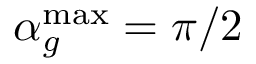
\alpha _ { g } ^ { \mathrm { { m a x } } } = \pi / 2